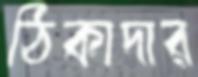
ঠিকাদার